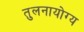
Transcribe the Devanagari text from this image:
तुलनायोग्य